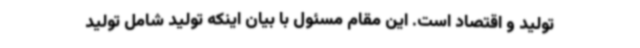
تولید و اقتصاد است. این مقام مسئول با بیان اینکه تولید شامل تولید